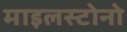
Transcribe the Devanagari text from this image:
माइलस्टोनो